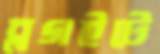
ব্লগইটে